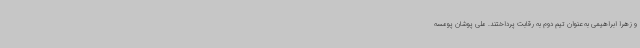
و زهرا ابراهیمی به عنوان تیم دوم به رقابت پرداختند. ملی پوشان پومسه